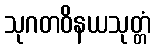
သုဂတဝိနယသုတ္တံ